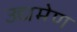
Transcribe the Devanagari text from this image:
उद्यमेण